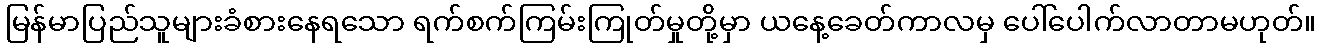
မြန်မာပြည်သူများခံစားနေရသော ရက်စက်ကြမ်းကြုတ်မှုတို့မှာ ယနေ့ခေတ်ကာလမှ ပေါ်ပေါက်လာတာမဟုတ်။